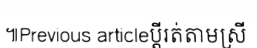
៕Previous articleប្តីរត់តាមស្រី